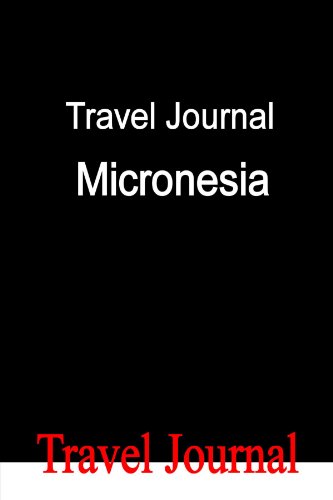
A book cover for Travel Journal Micronesia; E Locken; Travel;